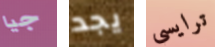
جيا يجد ترايسي